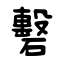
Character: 礊